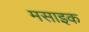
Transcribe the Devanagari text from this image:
मसाइक